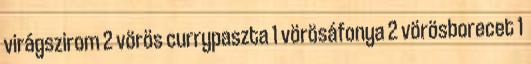
virágszirom 2 vörös currypaszta 1 vörösáfonya 2 vörösborecet 1